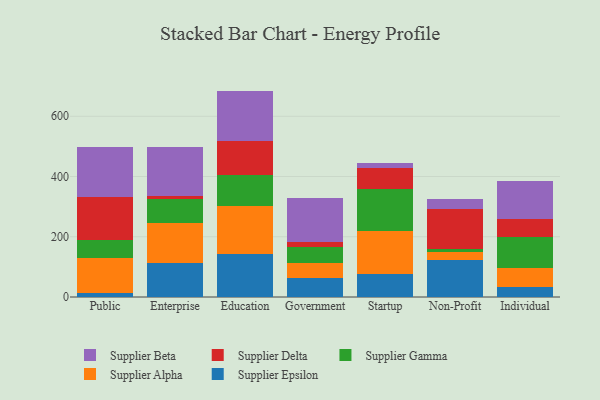
{"axis": {"x": "Segment", "y": "Market Share (%)"}, "legend": ["Supplier Alpha", "Supplier Beta", "Supplier Delta", "Supplier Epsilon", "Supplier Gamma"], "data": [{"x": "Public", "y": 14.2, "type": "Supplier Epsilon"}, {"x": "Public", "y": 116.5, "type": "Supplier Alpha"}, {"x": "Public", "y": 58.3, "type": "Supplier Gamma"}, {"x": "Public", "y": 144.3, "type": "Supplier Delta"}, {"x": "Public", "y": 165.1, "type": "Supplier Beta"}, {"x": "Enterprise", "y": 111.6, "type": "Supplier Epsilon"}, {"x": "Enterprise", "y": 134.0, "type": "Supplier Alpha"}, {"x": "Enterprise", "y": 80.0, "type": "Supplier Gamma"}, {"x": "Enterprise", "y": 8.6, "type": "Supplier Delta"}, {"x": "Enterprise", "y": 164.0, "type": "Supplier Beta"}, {"x": "Education", "y": 143.5, "type": "Supplier Epsilon"}, {"x": "Education", "y": 160.2, "type": "Supplier Alpha"}, {"x": "Education", "y": 99.8, "type": "Supplier Gamma"}, {"x": "Education", "y": 113.2, "type": "Supplier Delta"}, {"x": "Education", "y": 167.6, "type": "Supplier Beta"}, {"x": "Government", "y": 62.0, "type": "Supplier Epsilon"}, {"x": "Government", "y": 52.1, "type": "Supplier Alpha"}, {"x": "Government", "y": 52.8, "type": "Supplier Gamma"}, {"x": "Government", "y": 15.7, "type": "Supplier Delta"}, {"x": "Government", "y": 147.1, "type": "Supplier Beta"}, {"x": "Startup", "y": 77.3, "type": "Supplier Epsilon"}, {"x": "Startup", "y": 141.1, "type": "Supplier Alpha"}, {"x": "Startup", "y": 139.2, "type": "Supplier Gamma"}, {"x": "Startup", "y": 71.1, "type": "Supplier Delta"}, {"x": "Startup", "y": 15.2, "type": "Supplier Beta"}, {"x": "Non-Profit", "y": 122.3, "type": "Supplier Epsilon"}, {"x": "Non-Profit", "y": 26.9, "type": "Supplier Alpha"}, {"x": "Non-Profit", "y": 10.8, "type": "Supplier Gamma"}, {"x": "Non-Profit", "y": 133.6, "type": "Supplier Delta"}, {"x": "Non-Profit", "y": 33.2, "type": "Supplier Beta"}, {"x": "Individual", "y": 32.2, "type": "Supplier Epsilon"}, {"x": "Individual", "y": 62.5, "type": "Supplier Alpha"}, {"x": "Individual", "y": 104.1, "type": "Supplier Gamma"}, {"x": "Individual", "y": 58.6, "type": "Supplier Delta"}, {"x": "Individual", "y": 128.5, "type": "Supplier Beta"}]}